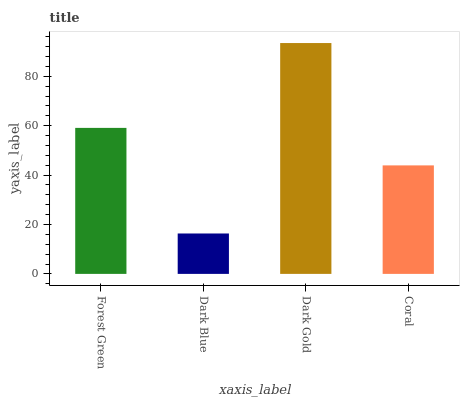
| xaxis_label | bars |
 | --- | --- |
 | Forest Green | 59.1 |
 | Dark Blue | 16.4 |
 | Dark Gold | 93.4 |
 | Coral | 43.9 |